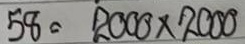
58 = 2000 x 2000